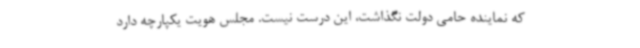
که نماینده حامی دولت نگذاشت، این درست نیست. مجلس هویت یکپارچه دارد